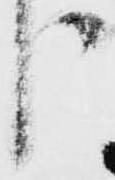
う